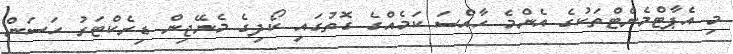
މި އެޕާޓްމެންޓްތަކުގެ އެންމެ ހާއްސަ ކަމެއްގެ ގޮތުގައި ކޯދިގެ މެނޭޖިން ޑިރެކްޓަރު ހަސަން